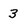
Character: 3